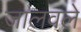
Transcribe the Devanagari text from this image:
जालवले